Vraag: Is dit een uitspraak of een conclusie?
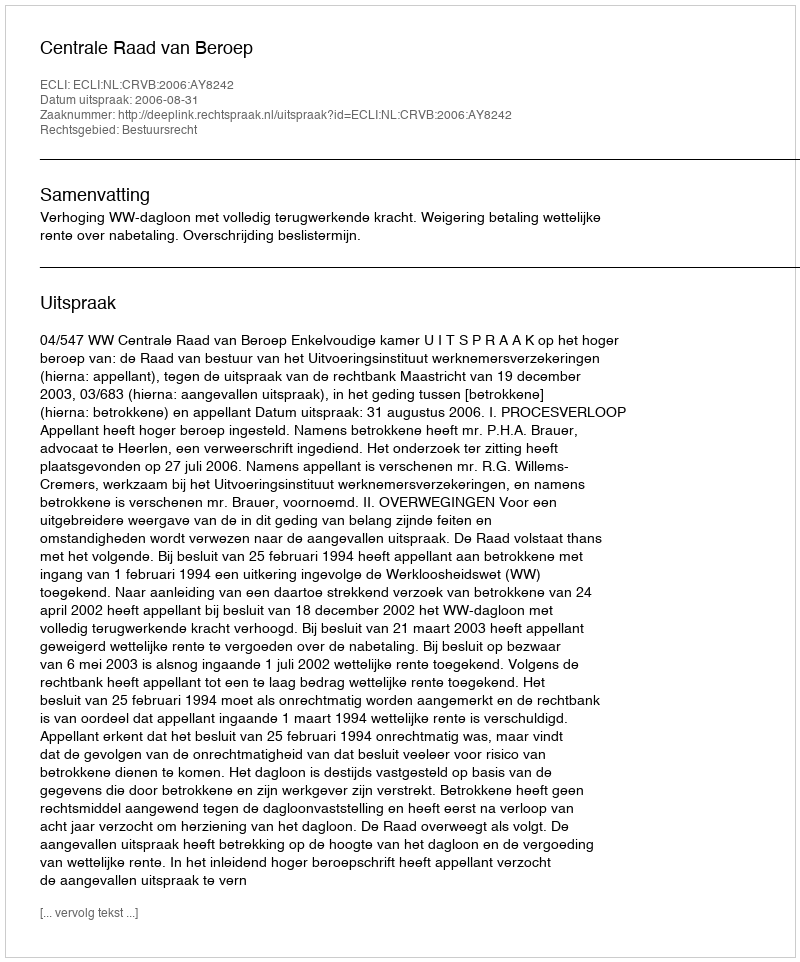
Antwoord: Uitspraak